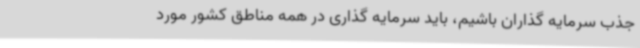
جذب سرمایه گذاران باشیم، باید سرمایه گذاری در همه مناطق کشور مورد